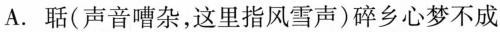
A.聒（声音嘈杂，这里指风雪声）碎乡心梦不成